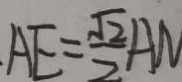
. A E = \frac { \sqrt { 2 } } { 2 } A N